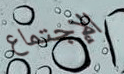
الإجتماع